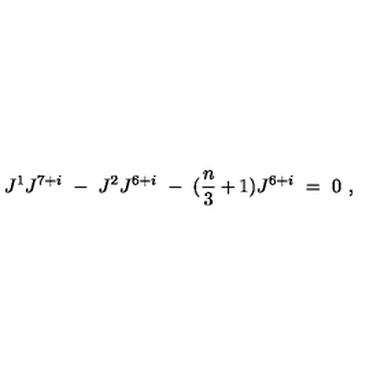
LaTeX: J ^ { 1 } J ^ { 7 + i } \ - \ J ^ { 2 } J ^ { 6 + i } \ - \ ( { \frac { n } { 3 } } + 1 ) J ^ { 6 + i } \ = \ 0 \ ,